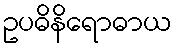
ဥပဓိနိရောဓာယ